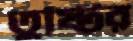
তুষ্টির